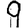
Digit: 9